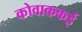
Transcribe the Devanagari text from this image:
कोवाककई